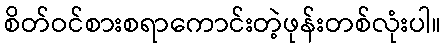
စိတ်ဝင်စားစရာကောင်းတဲ့ဖုန်းတစ်လုံးပါ။